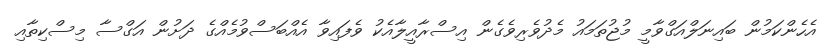
އެހެންކަމުން ބައިނަލްއަގްވާމީ މުޖުތަމައު މެދުވެރިވެގެން އިސްރާއީލާއެކު ވެފައިވާ އެއްބަސްވުމެއްގެ ދަށުން އަގްސާ މިސްކިތާއި